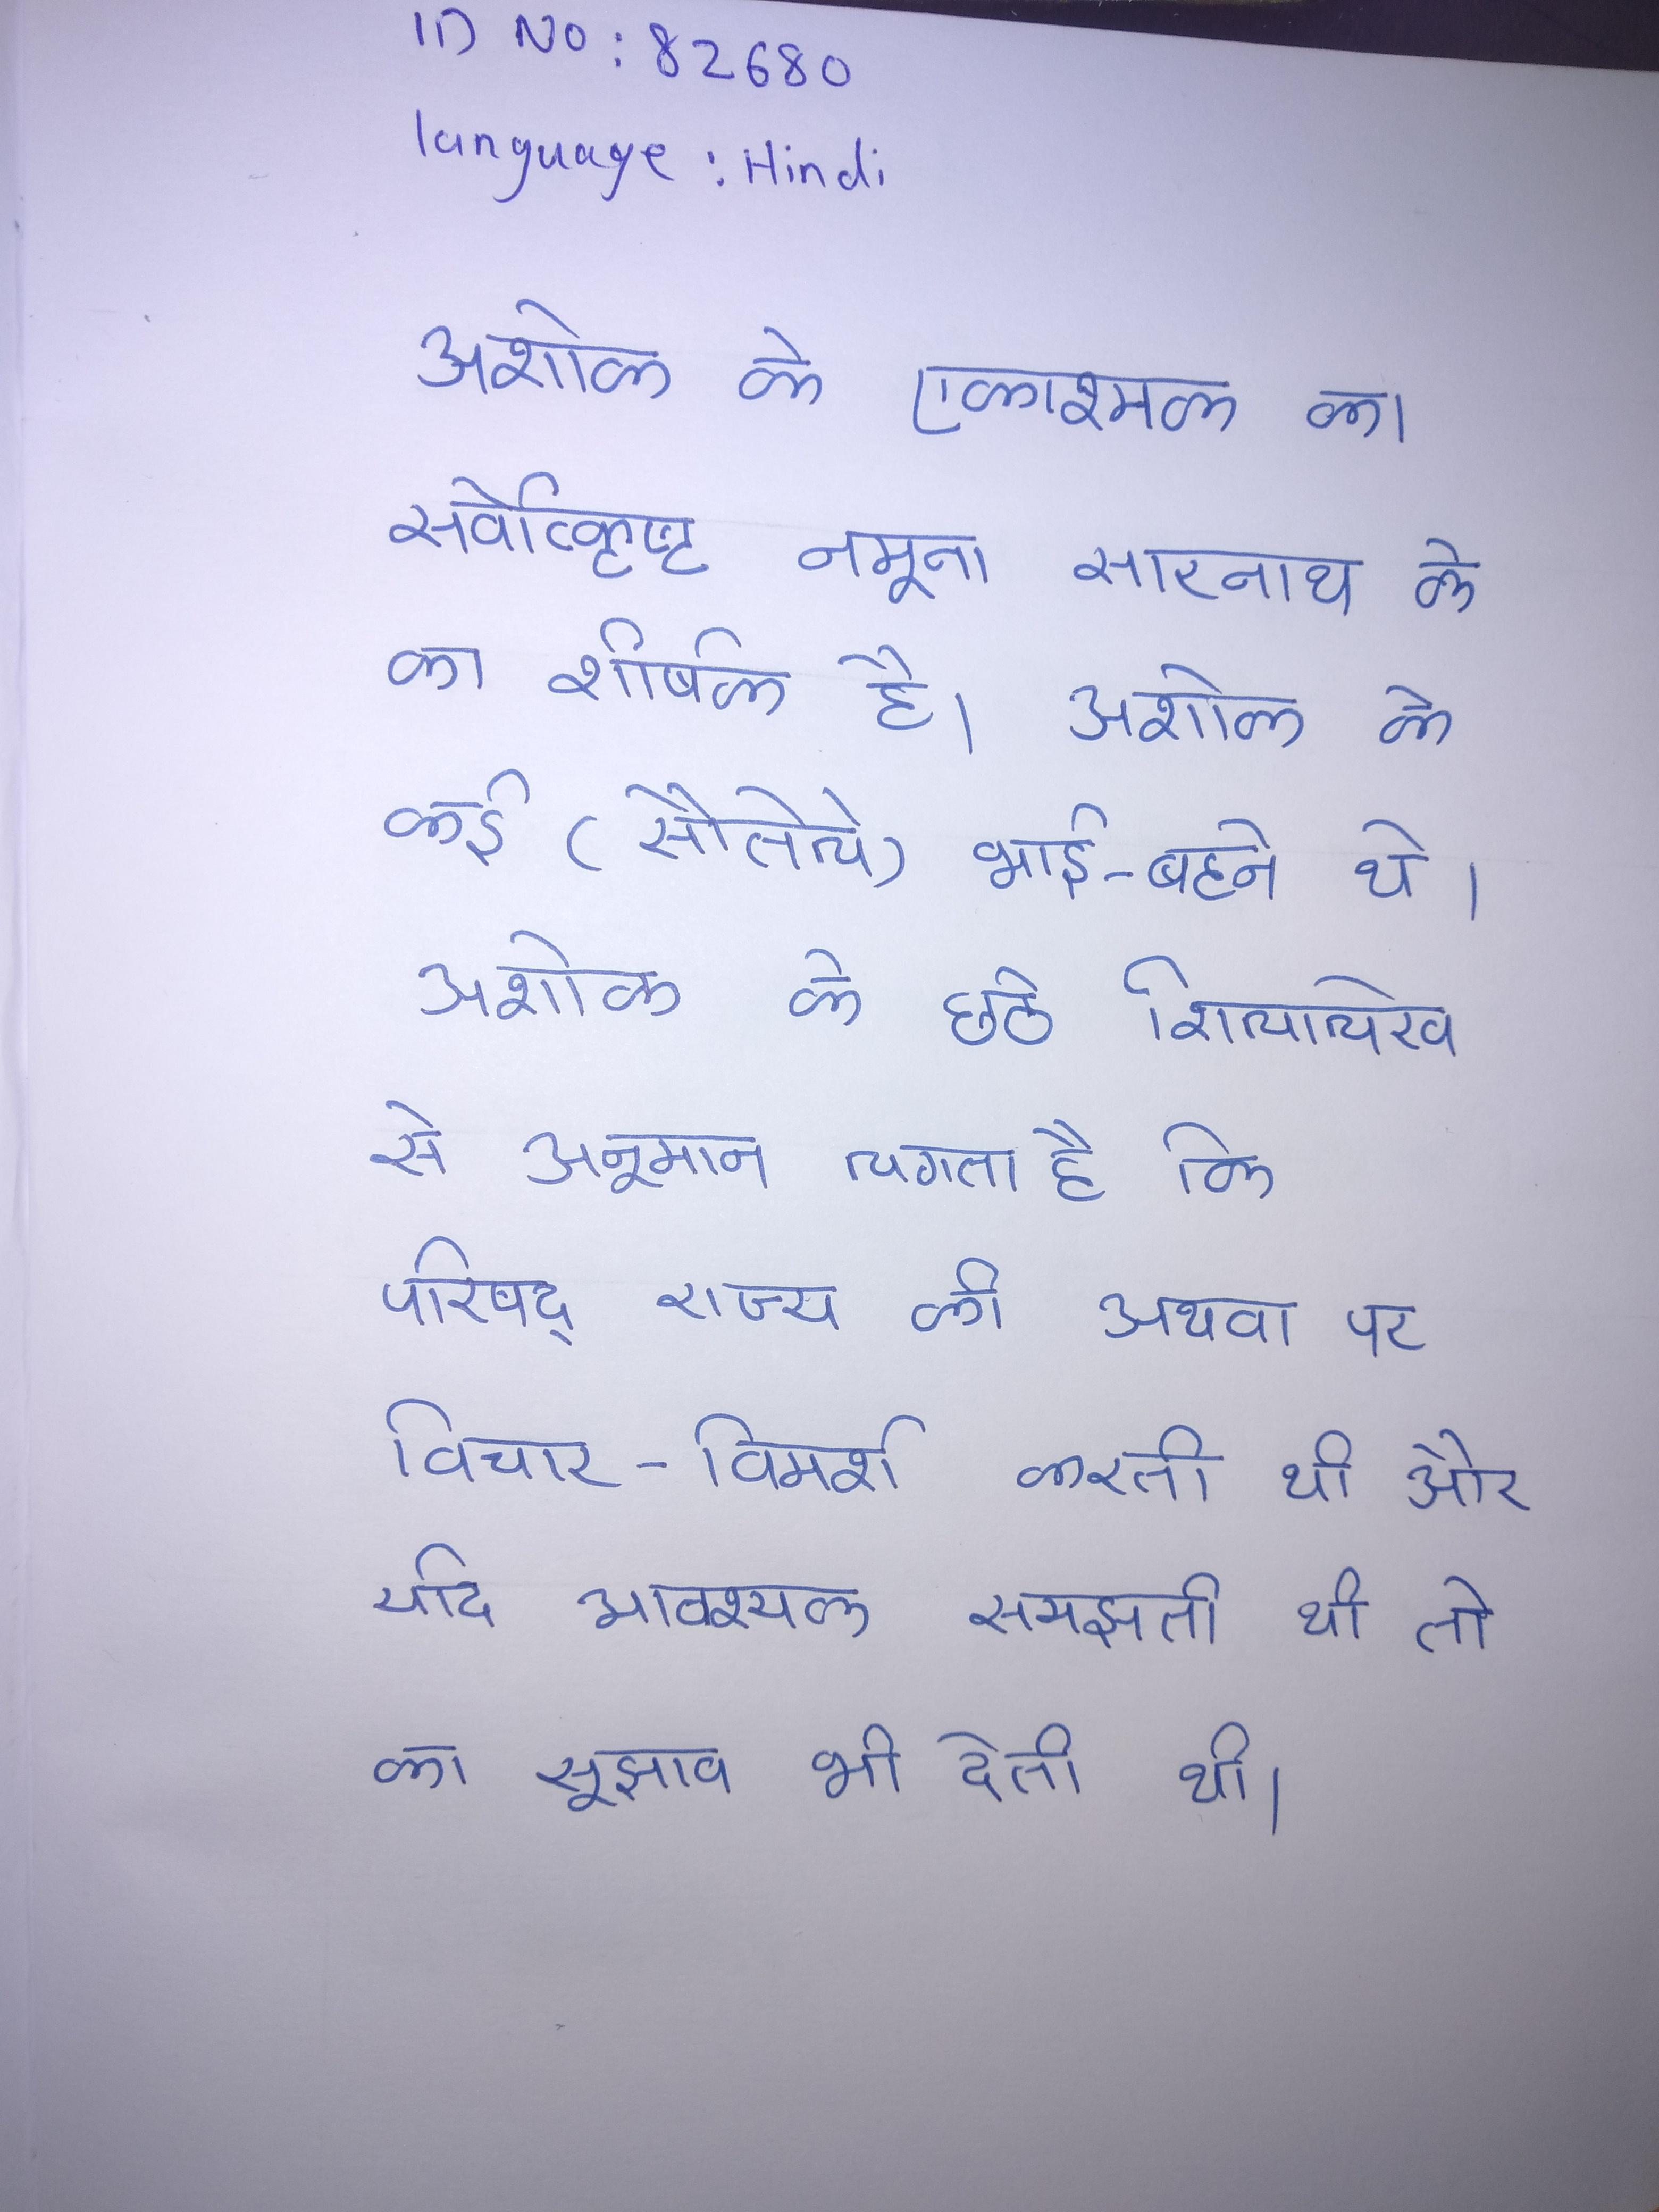
अशोक के एकाश्मक का सर्वोत्कृष्ट नमूना सारनाथ के का शीर्षक है । अशोक के कई (सौतेले) भाई -बहने थे । अशोक के छठे शिलालेख से अनुमान लगता है कि परिषद् राज्य की अथवा पर विचार-विमर्श करती थी और यदि आवश्यक समझती थी तो का सुझाव भी देती थी ।